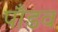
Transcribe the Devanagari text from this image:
पाँडव